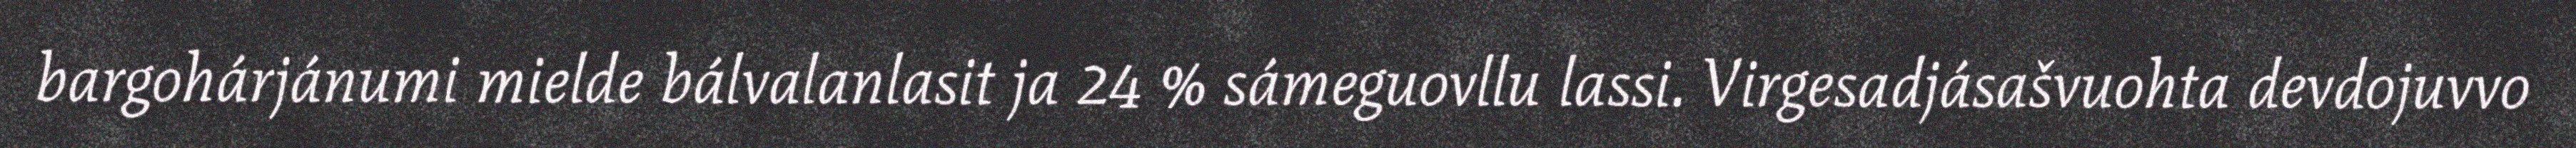
bargohárjánumi mielde bálvalanlasit ja 24 % sámeguovllu lassi. Virgesadjásašvuohta devdojuvvo